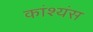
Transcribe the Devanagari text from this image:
कांश्यंस